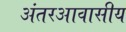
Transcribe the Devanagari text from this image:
अंतरआवासीय